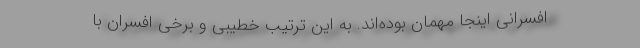
افسرانی اینجا مهمان بوده‌اند. به این ترتیب خطیبی و برخی افسران با